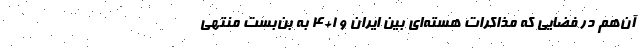
آن‌هم در فضایی که مذاکرات هسته‌ای بین ایران و 1+4 به بن‌بست منتهی